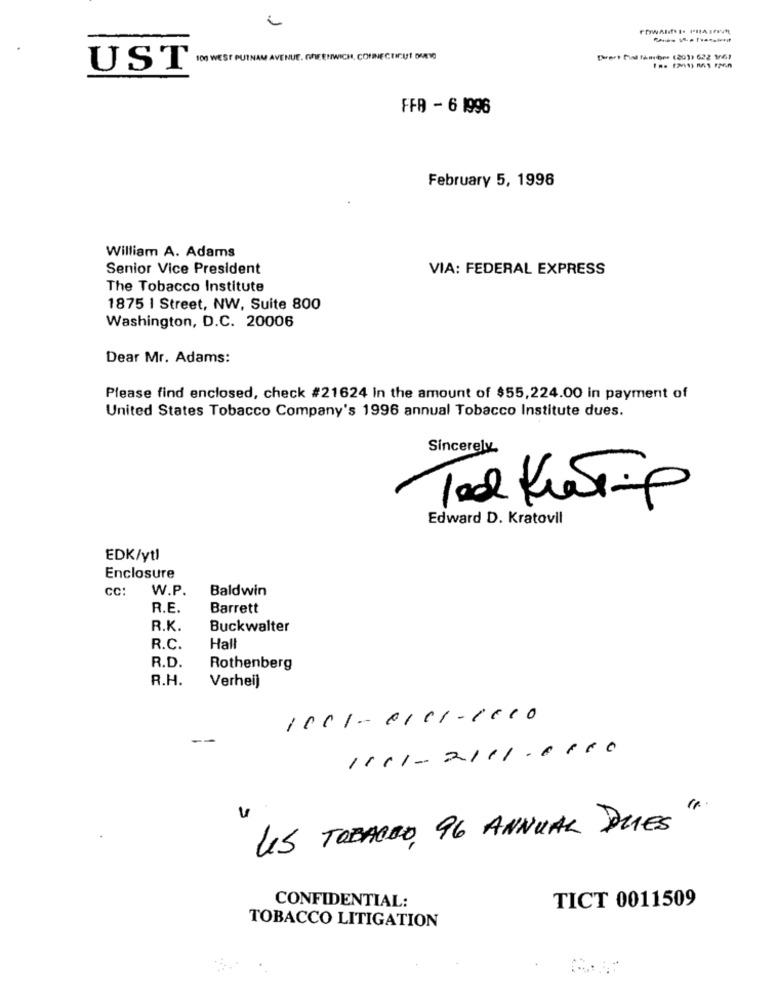
100 WEST PUTNAM AVENUE. GREENWICH, CONNECTICUT DURMO
thert had Inder (20)) 622 1061
UST
FFB - 6 1996
February 5, 1998
William A. Adams
Senior Vice President
VIA: FEDERAL EXPRESS
The Tobacco Institute
1875 | Street, NW, Suite 800
Washington, D.C. 20006
Dear Mr. Adams:
Please find enclosed, check #21624 in the amount of $55,224.00 in payment of
United States Tobacco Company's 1996 annual Tobacco Institute dues.
Sincerely
Tel KusTip
Edward D. Kratovil
EDK/ytl
Enclosure
CC:
Baldwin
W.P.
R.E.
Barrett
R.K.
Buckwalter
R.C.
Hall
R.D.
Rothenberg
R.H.
Verheij
1001-0101-1610
1111- 2111.6160
US TOBACCO, 96 ANNUAL DUES"
TICT 0011509
CONFIDENTIAL:
TOBACCO LITIGATION